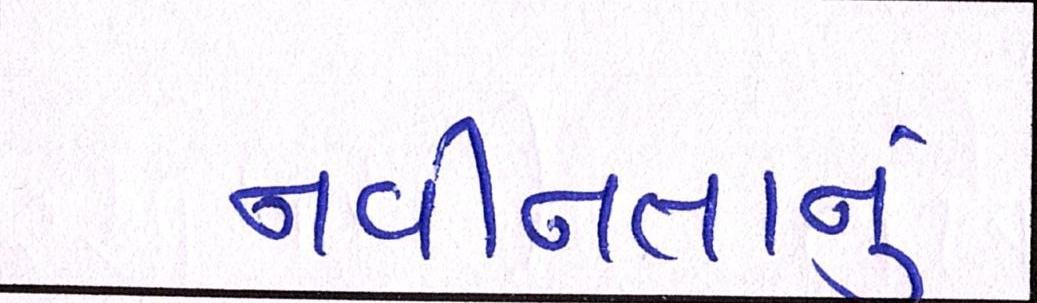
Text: નવીનતાનું